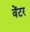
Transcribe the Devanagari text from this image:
वेंटर